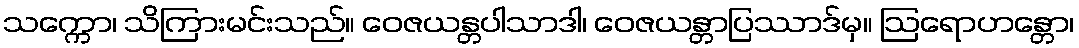
သက္ကော၊ သိကြားမင်းသည်။ ဝေဇယန္တပါသာဒါ၊ ဝေဇယန္တာပြဿာဒ်မှ။ ဩရောဟန္တော၊